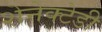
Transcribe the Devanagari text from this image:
शेनेक्टेडी